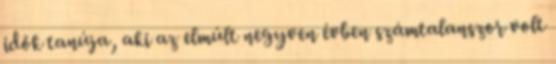
idők tanúja, aki az elmúlt negyven évben számtalanszor volt